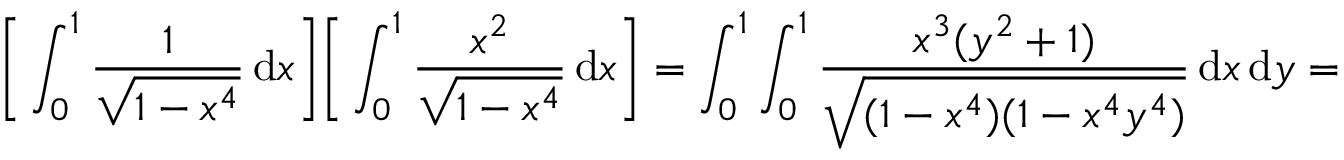
{ \biggl [ } \int _ { 0 } ^ { 1 } { \frac { 1 } { \sqrt { 1 - x ^ { 4 } } } } \, \mathrm { d } x { \biggr ] } { \biggl [ } \int _ { 0 } ^ { 1 } { \frac { x ^ { 2 } } { \sqrt { 1 - x ^ { 4 } } } } \, \mathrm { d } x { \biggr ] } = \int _ { 0 } ^ { 1 } \int _ { 0 } ^ { 1 } { \frac { x ^ { 3 } ( y ^ { 2 } + 1 ) } { \sqrt { ( 1 - x ^ { 4 } ) ( 1 - x ^ { 4 } y ^ { 4 } ) } } } \, \mathrm { d } x \, \mathrm { d } y =